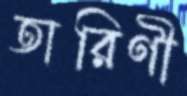
তারিণী